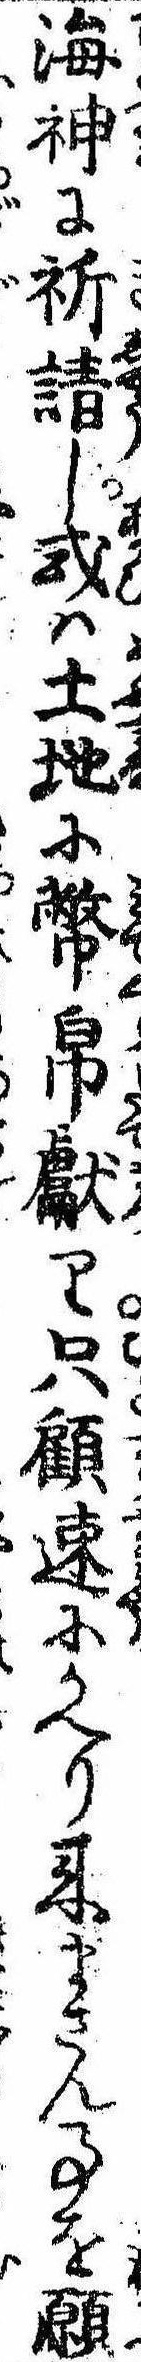
海神に祈請し或は土地に幣帛献り只顧速にかへり来まさん事を願